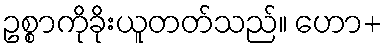
ဥစ္စာကိုခိုးယူတတ်သည်။ ဟော+